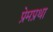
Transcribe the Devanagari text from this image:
प्रेमप्रथा